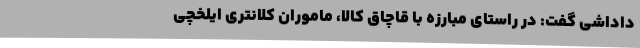
داداشی گفت: در راستای مبارزه با قاچاق کالا، ماموران کلانتری ایلخچی